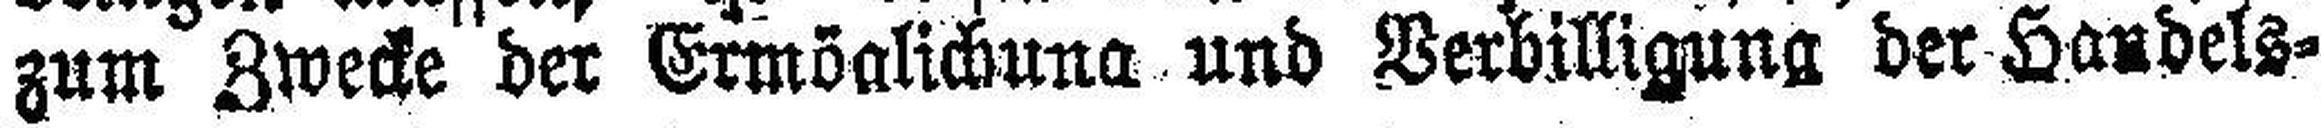
zum Zwecke der Ermöglichung und Verbilligung der Handels¬